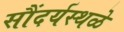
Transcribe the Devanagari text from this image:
सौंदर्यस्थळे